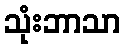
သုံးဘာသာ